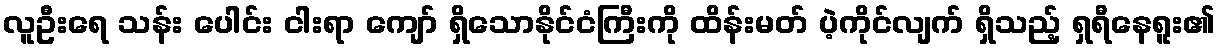
လူဦးရေ သန်း ပေါင်း ငါးရာ ကျော် ရှိသောနိုင်ငံကြီးကို ထိန်းမတ် ပဲ့ကိုင်လျက် ရှိသည့် ရှရီနေရူး၏